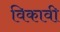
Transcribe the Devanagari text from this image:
विकावी